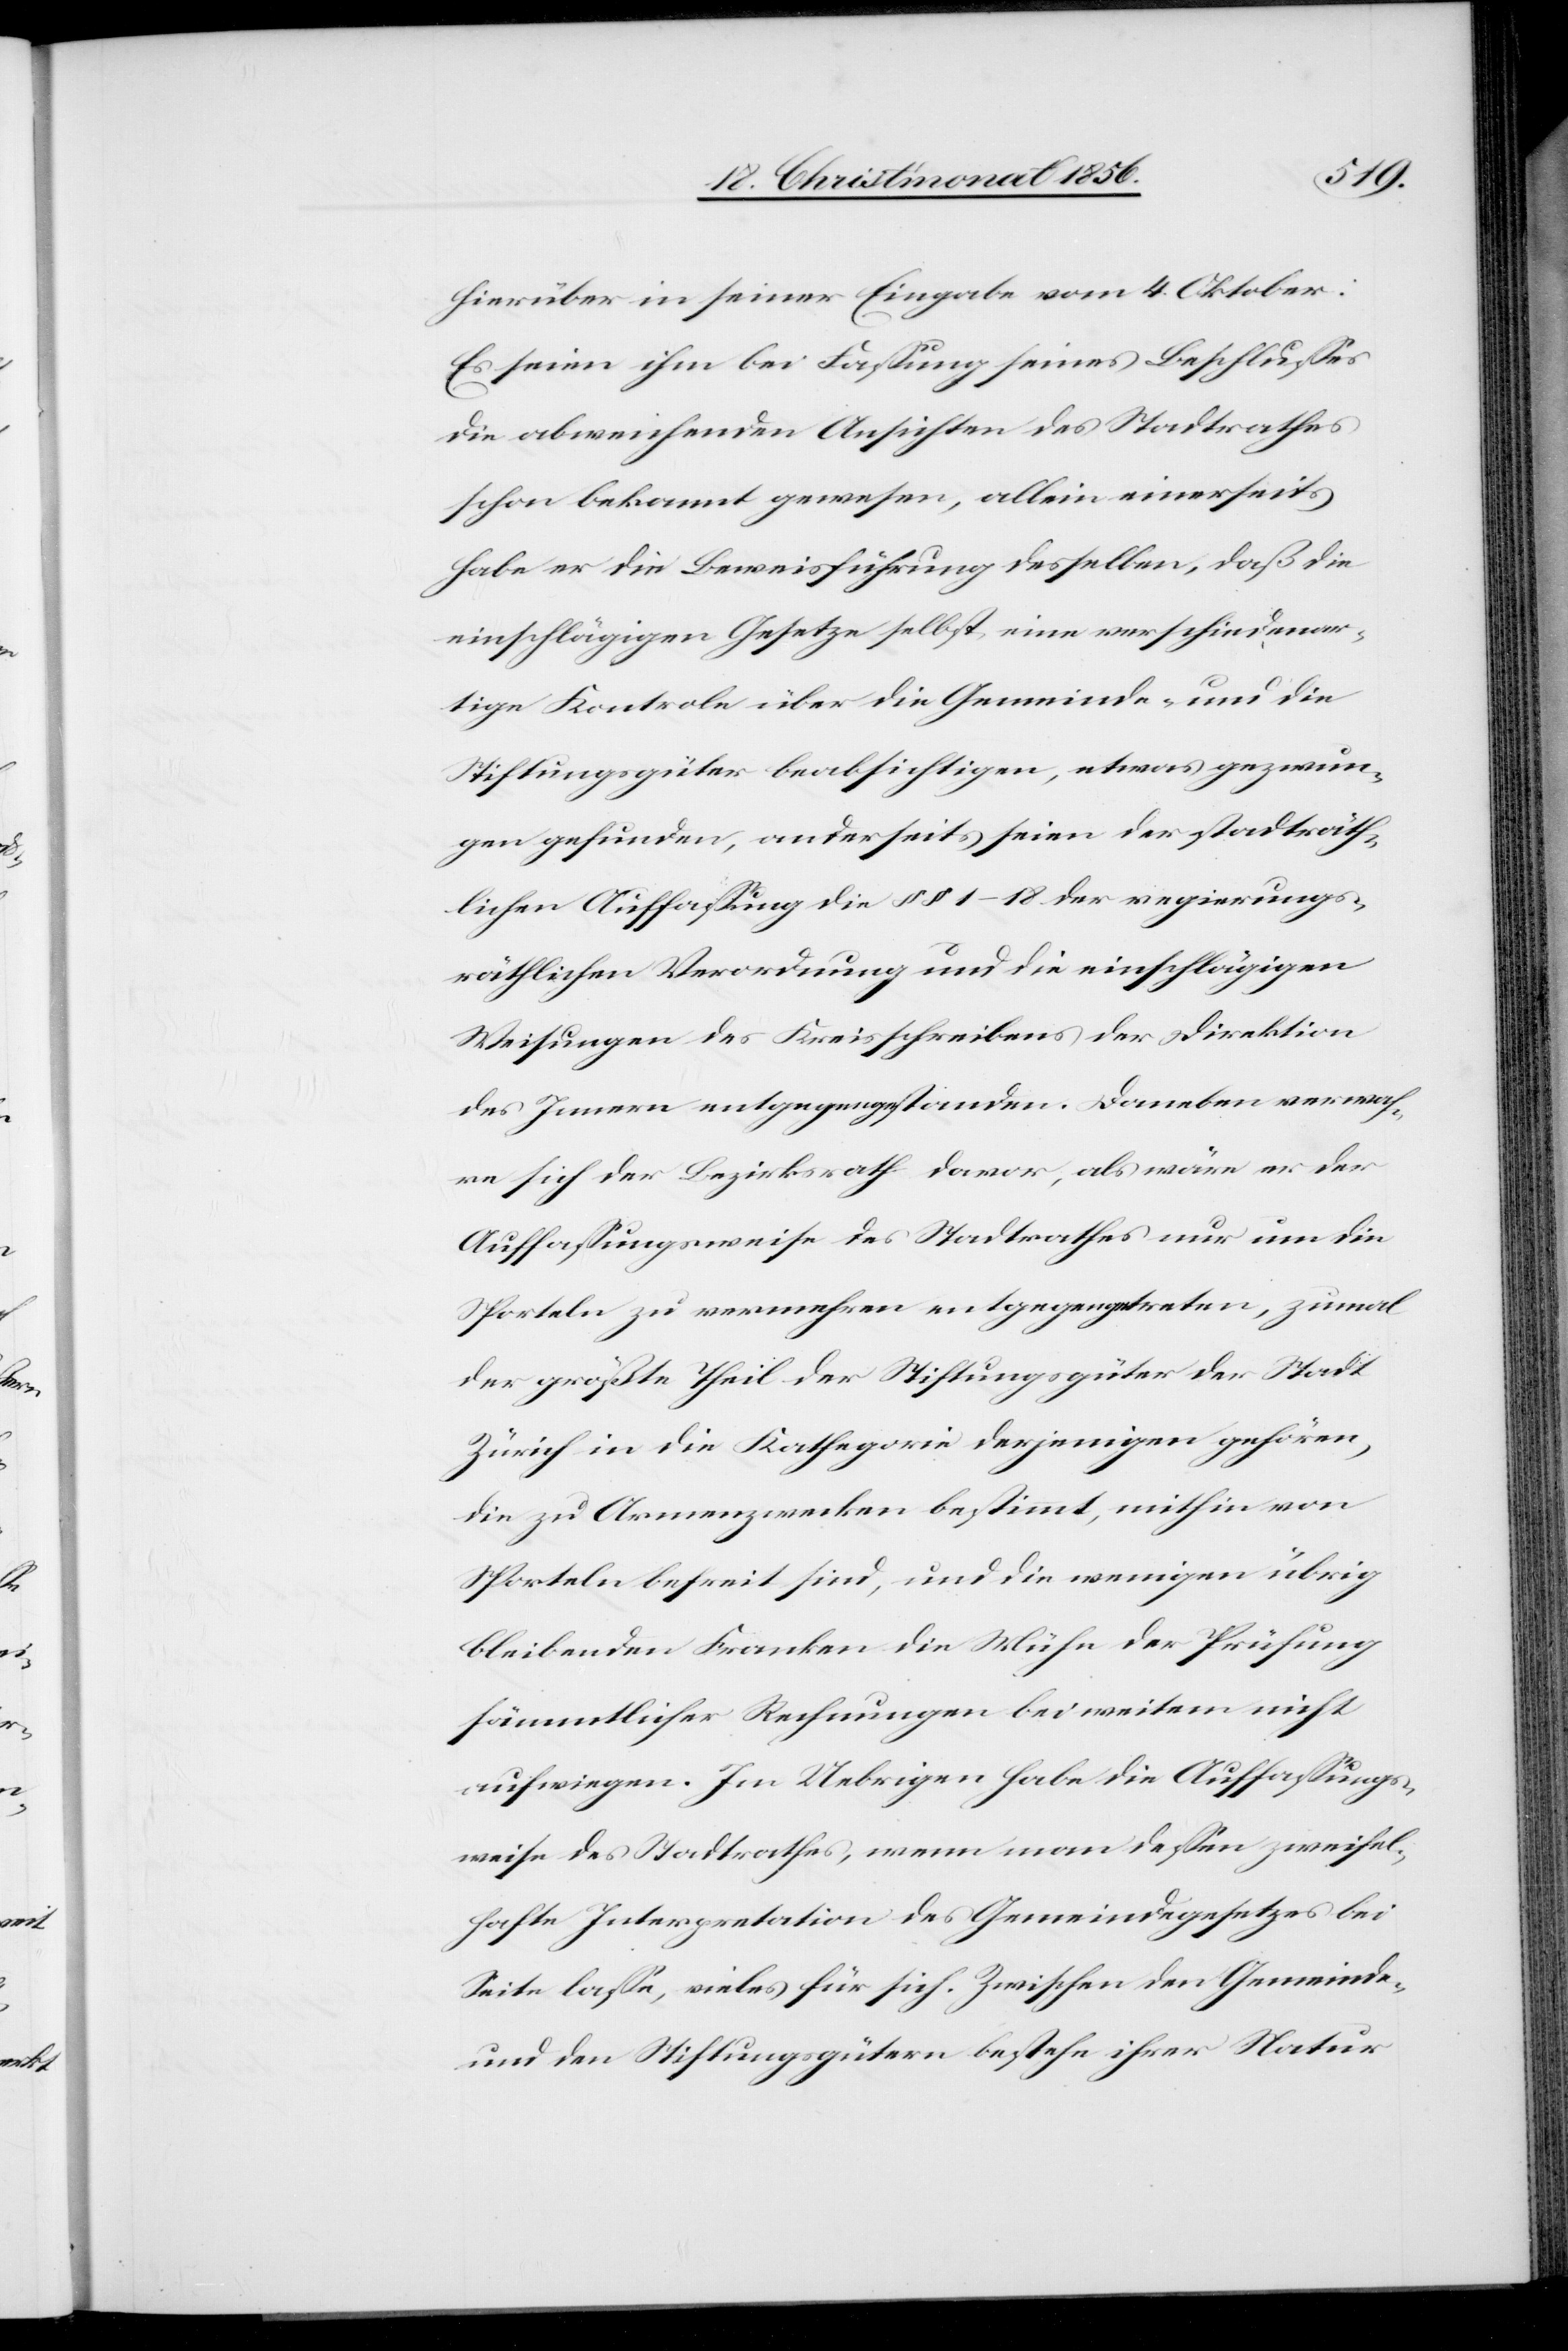
hierüber in seiner Eingabe vom 4. Oktober:
Es seien ihm bei Fassung seines Beschlusses
die abweichenden Ansichten des Stadtrathes
schon bekannt gewesen, allein einerseits
habe er die Beweisführung desselben, daß die
einschlägigen Gesetze selbst eine verschiedenar¬
tige Kontrole über die Gemeinde- und die
Stiftungsgüter beabsichtigen, etwas gezwun¬
gen gefunden, anderseits seien der stadträth¬
lichen Auffassung die §§ 1–18 der regierungs¬
räthlichen Verordnung und die einschlägigen
Weisungen des Kreisschreibens der Direktion
des Innern entgegengestanden. Daneben verwah¬
re sich der Bezirksrath davor, als wäre er der
Auffassungsweise des Stadtrathes nur um die
Sporteln zu vermehren entgegengetreten, zumal
der größte Theil der Stiftungsgüter der Stadt
Zürich in die Kathegorie derjenigen gehören,
die zu Armenzwecken bestimmt, mithin von
Sporteln befreit sind, und die wenigen übrig
bleibenden Franken die Mühe der Prüfung
sämmtlicher Rechnungen bei weitem nicht
aufwiegen. Im Uebrigen habe die Auffassungs¬
weise des Stadtrathes, wenn man dessen zweifel¬
hafte Interpretation des Gemeindegesetzes bei
Seite lasse, vieles für sich. Zwischen den Gemeinde-
und den Stiftungsgütern bestehe ihrer Natur